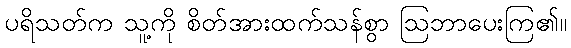
ပရိသတ်က သူ့ကို စိတ်အားထက်သန်စွာ ဩဘာပေးကြ၏။